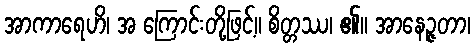
အာကာရေဟိ၊ အ ကြောင်းတို့ဖြင့်။ စိတ္တဿ၊ ၏။ အာနေဉ္ဇတာ၊